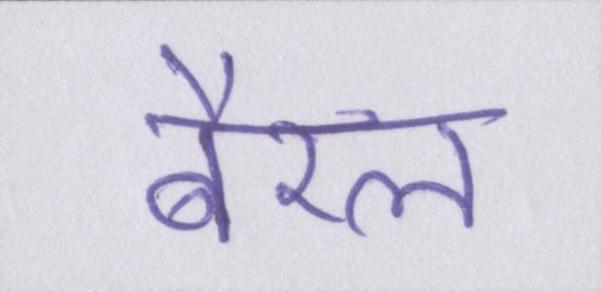
बैरल